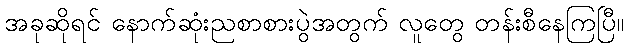
အခုဆိုရင် နောက်ဆုံးညစာစားပွဲအတွက် လူတွေ တန်းစီနေကြပြီ။